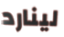
لينارد